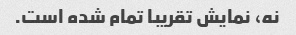
نه، نمایش تقریبا تمام شده است.